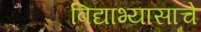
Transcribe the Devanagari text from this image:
विद्याभ्यासाचे